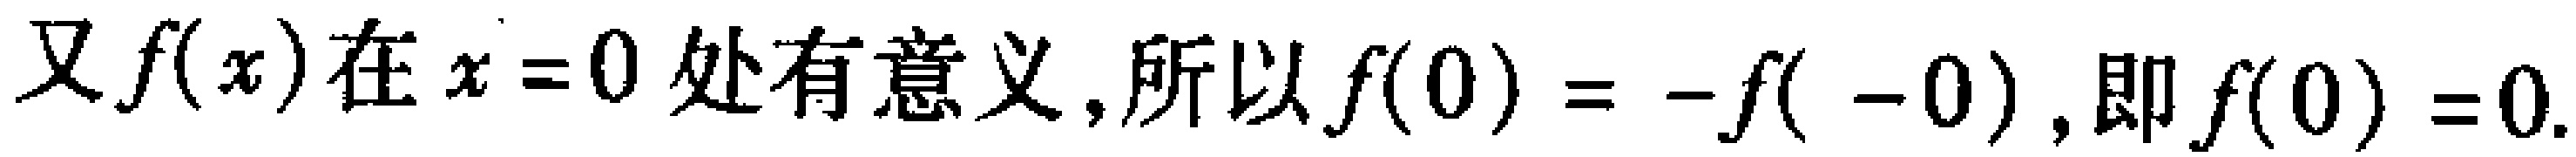
又\(f(x)\)在\(x = 0\)处有意义,所以\(f(0)=-f(-0)\),即\(f(0)=0\).